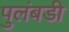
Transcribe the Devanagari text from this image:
पुलंबडी